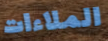
الملاءات